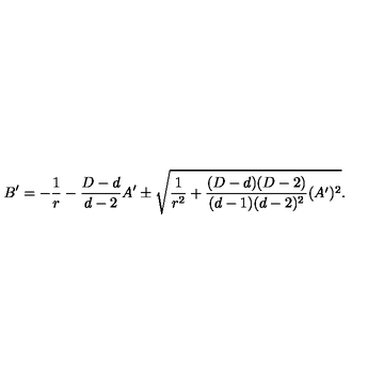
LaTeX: B ^ { \prime } = - { \frac { 1 } { r } } - { \frac { D - d } { d - 2 } } A ^ { \prime } \pm \sqrt { { \frac { 1 } { r ^ { 2 } } } + { \frac { ( D - d ) ( D - 2 ) } { ( d - 1 ) ( d - 2 ) ^ { 2 } } } ( A ^ { \prime } ) ^ { 2 } } .